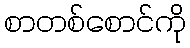
စာတစ်စောင်ကို